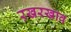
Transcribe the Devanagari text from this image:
ऱखरखाव